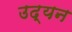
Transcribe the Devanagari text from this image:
उद्यन